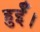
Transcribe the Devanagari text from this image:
हुर्ईं।